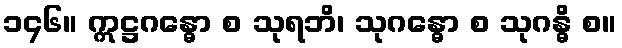
၁၄၆။ ဣဋ္ဌဂန္ဓော စ သုရဘိ၊ သုဂန္ဓော စ သုဂန္ဓိ စ။